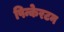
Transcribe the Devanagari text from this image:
पिन्केरटन